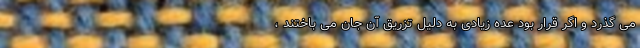
می گذرد و اگر قرار بود عده زیادی به دلیل تزریق آن جان می باختند ،